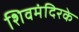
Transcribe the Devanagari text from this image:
शिवमंदिरके